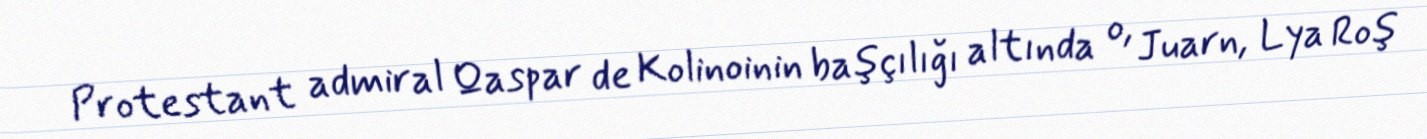
Protestant admiral Qaspar de Kolinoinin başçılığı altında o, Juarn, Lya Roş